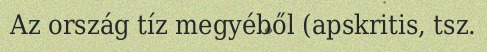
Az ország tíz megyéből (apskritis, tsz.